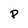
Character: P